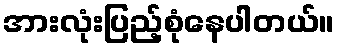
အားလုံးပြည့်စုံနေပါတယ်။